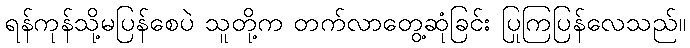
ရန်ကုန်သို့မပြန်စေပဲ သူတို့က တက်လာတွေ့ဆုံခြင်း ပြုကြပြန်လေသည်။